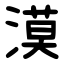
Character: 漠